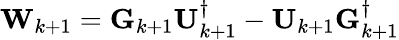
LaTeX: \mathbf{W}_{k+1}=\mathbf{G}_{k+1}\mathbf{U}_{k+1}^{\dagger}-\mathbf{U}_{k+1}\mathbf{G}_{k+1}^{\dagger}